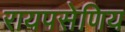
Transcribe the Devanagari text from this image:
रायपसेणिय